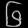
Digit: ၆